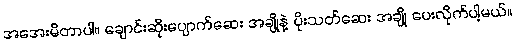
အအေးမိတာပါ။ ချောင်းဆိုးပျောက်ဆေး အချို့နဲ့ ပိုးသတ်ဆေး အချို့ ပေးလိုက်ပါ့မယ်။